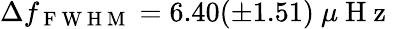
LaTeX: \Delta f_{\mathrm{~F~W~H~M~}}=6.40(\pm 1.51)\mathrm{~}\mu\mathrm{~H~z~}